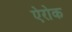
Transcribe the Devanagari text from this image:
ऐरोक